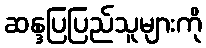
ဆန္ဒပြပြည်သူများကို